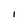
Character: I